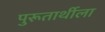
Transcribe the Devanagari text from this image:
पुरूतार्थीला